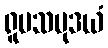
ရူပသမုဒယံ